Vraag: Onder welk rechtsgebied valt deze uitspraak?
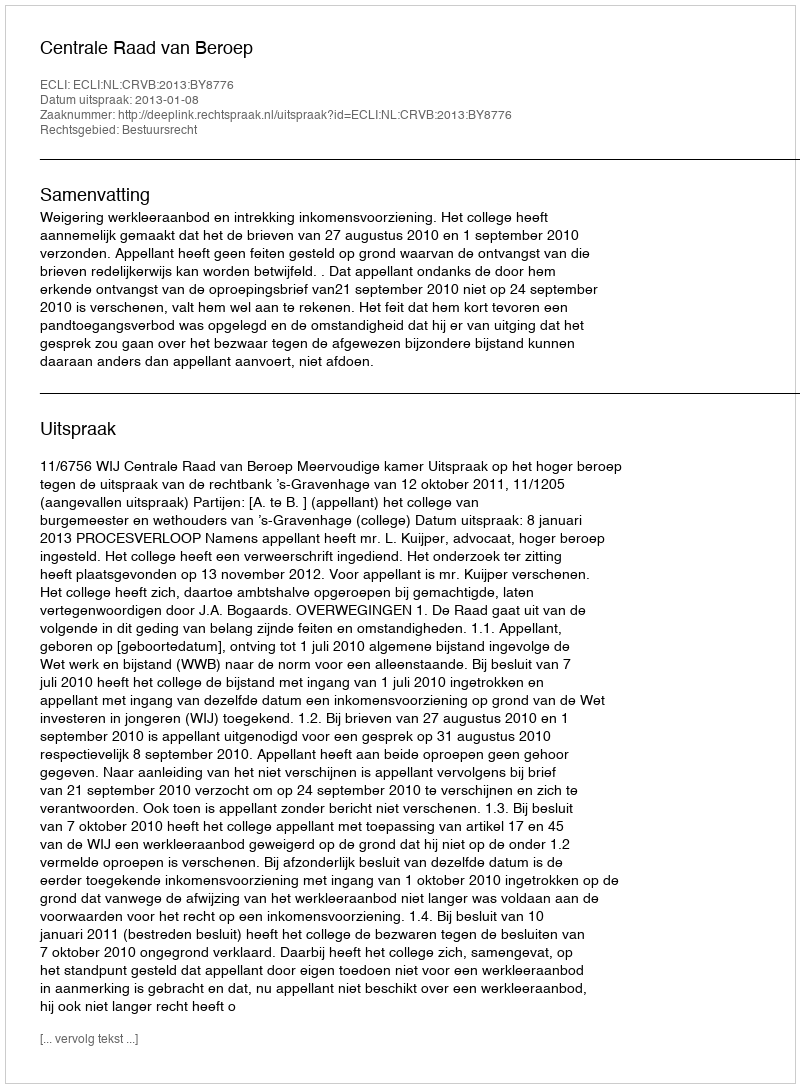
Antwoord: Bestuursrecht